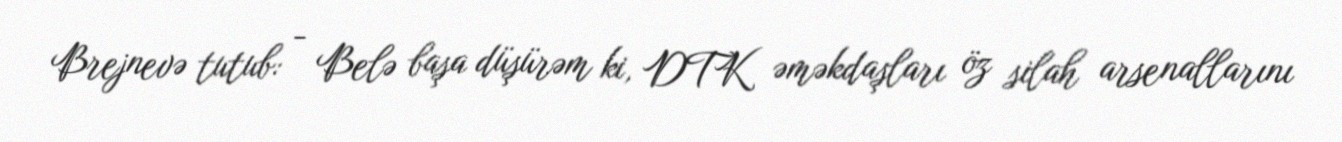
Brejnevə tutub: - Belə başa düşürəm ki, DTK əməkdaşları öz silah arsenallarını